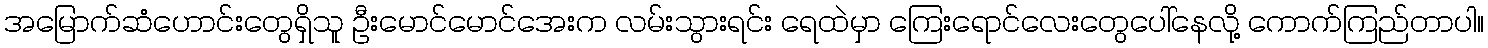
အမြောက်ဆံဟောင်းတွေရှိသူ ဦးမောင်မောင်အေးက လမ်းသွားရင်း ရေထဲမှာ ကြေးရောင်လေးတွေပေါ်နေလို့ ကောက်ကြည်တာပါ။